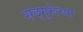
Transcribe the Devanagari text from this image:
सद्‍गुरूंच्या